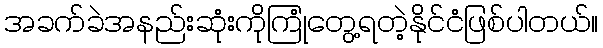
အခက်ခဲအနည်းဆုံးကိုကြုံတွေ့ရတဲ့နိုင်ငံဖြစ်ပါတယ်။